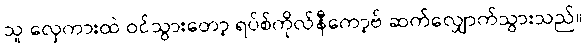
သူ လှေကားထဲ ဝင်သွားတော့ ရပ်စ်ကိုလ်နီကော့ဗ် ဆက်လျှောက်သွားသည်။